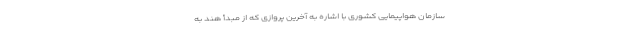
سازمان هواپیمایی کشوری با اشاره به آخرین پروازی که از مبدأ هند به